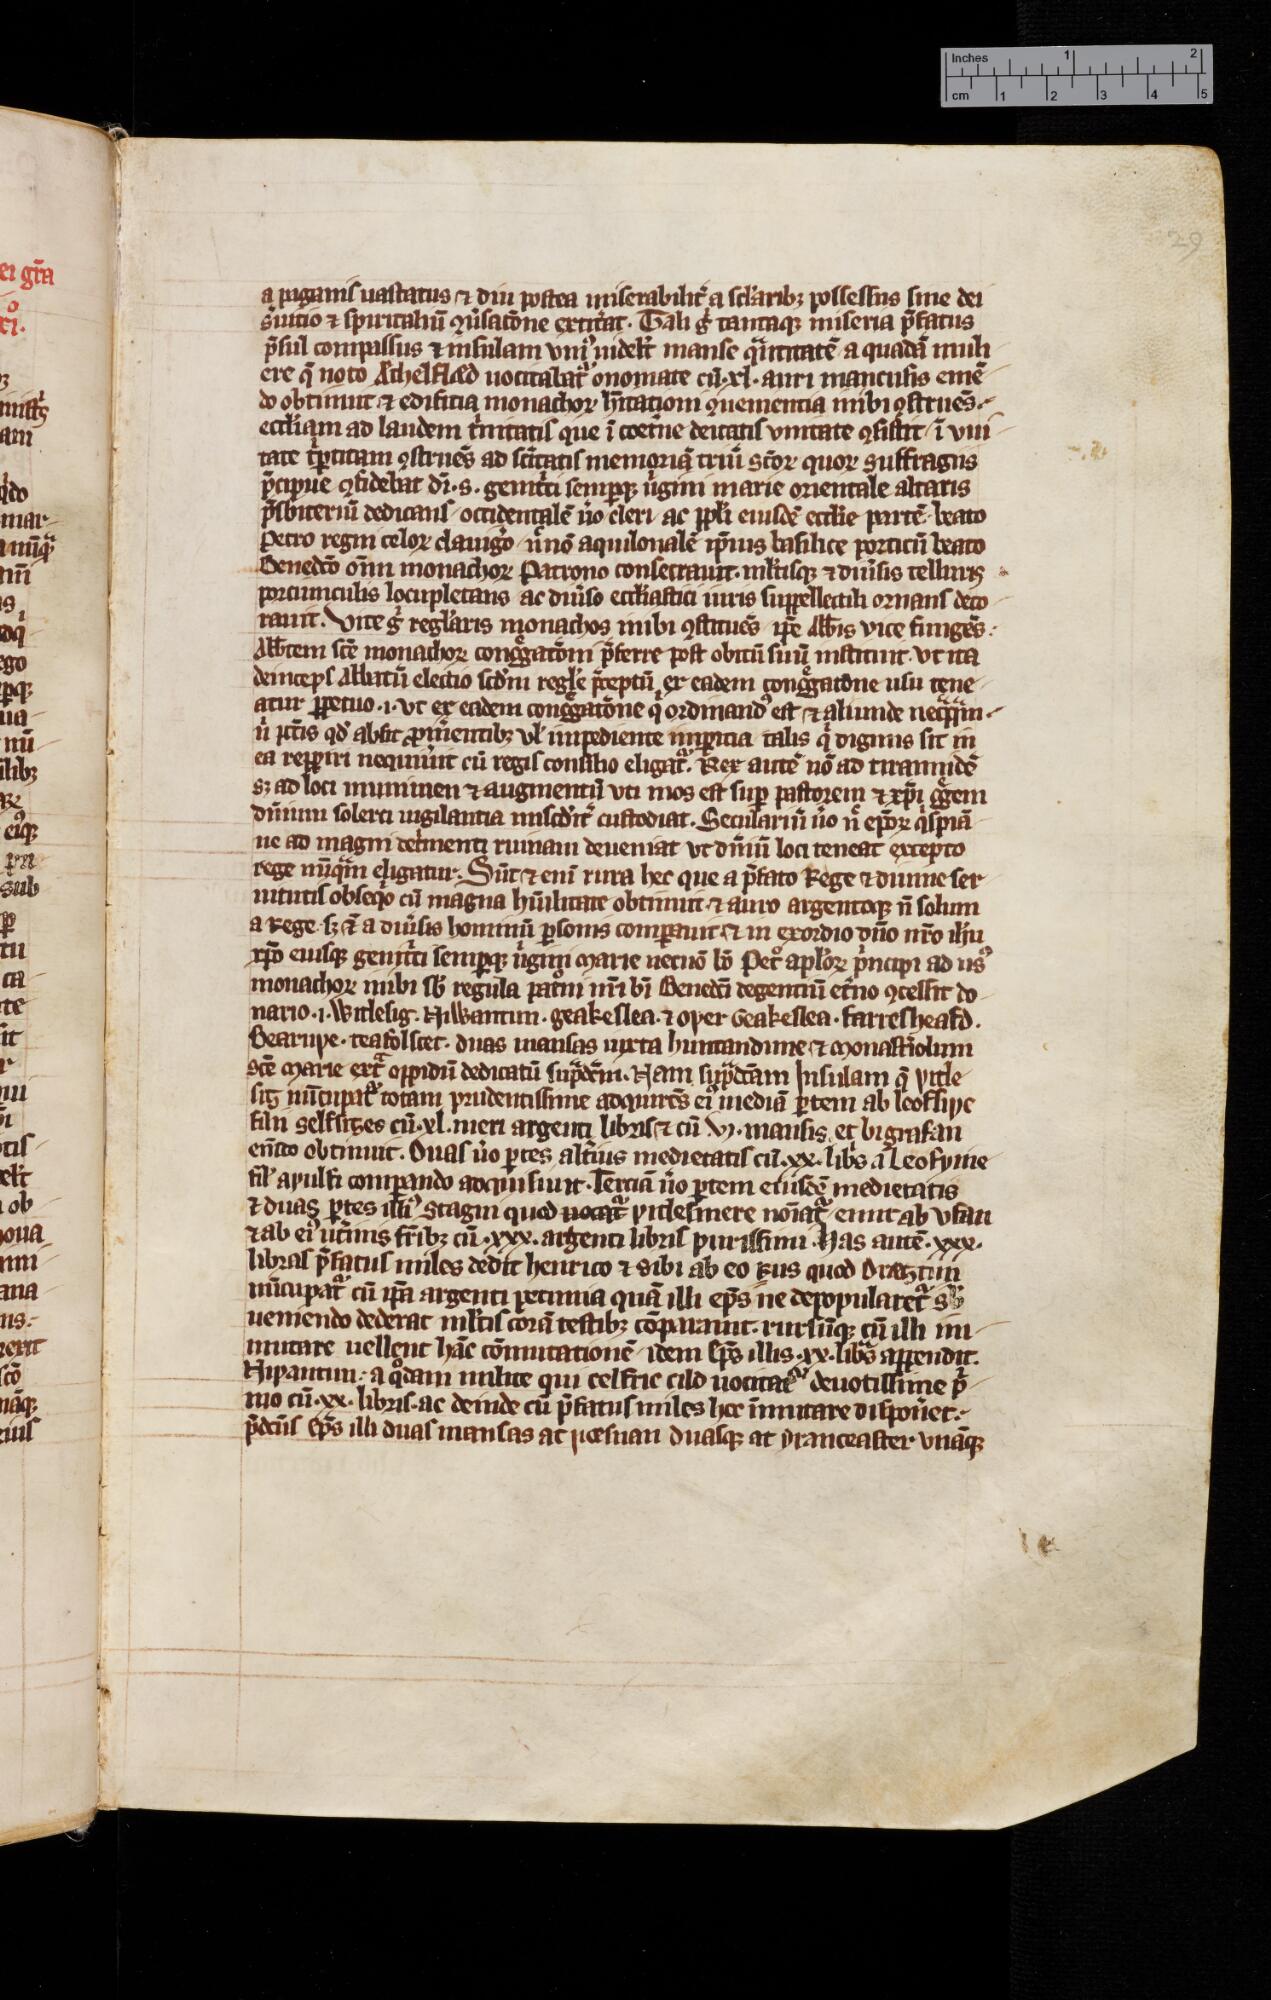
Shelfmark: Cambridge, University Library, ms. Add. 3020
Century: 14